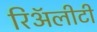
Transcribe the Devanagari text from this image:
रिॲलीटी